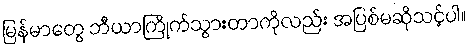
မြန်မာတွေ ဘီယာကြိုက်သွားတာကိုလည်း အပြစ်မဆိုသင့်ပါ။